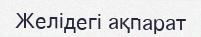
Желідегі ақпарат